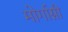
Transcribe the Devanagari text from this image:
मोर्गाग्नी